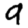
Digit: 9